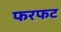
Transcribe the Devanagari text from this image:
फरफट